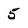
Character: 5